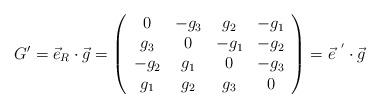
LaTeX: \begin{align*}G' =\vec{e}_{R} \cdot \vec{g}=\left(\begin{array}{cccc}0 & -g_{3} & g_{2} & -g_{1} \\g_{3} & 0 & -g_{1} & -g_{2} \\-g_{2} & g_{1} & 0 & -g_{3} \\g_{1} & g_{2} & g_{3} & 0 \end{array}\right) = \vec{e}^{~'} \cdot \vec{g}\end{align*}